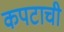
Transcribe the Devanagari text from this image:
कपटाची